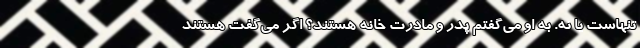
تنهاست یا نه. به او می‌گفتم پدر و مادرت خانه هستند؟ اگر می‌گفت هستند